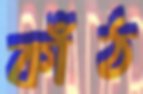
কাঁঠ